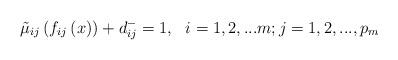
LaTeX: \begin{align*} {\tilde \mu _{ij}}\left( {{f_{ij}}\left( x \right)} \right) + d_{ij}^ - = 1,\,\,\,\,i = 1,2,...m;j = 1,2,...,p_m\end{align*}